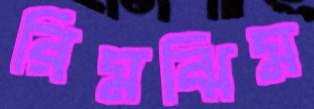
রিমঝিম